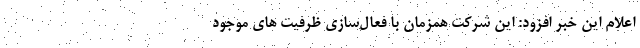
اعلام این خبر افزود: این شرکت همزمان با فعال‌سازی ظرفیت‌ های موجود